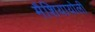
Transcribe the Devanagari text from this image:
मैशियायोली